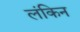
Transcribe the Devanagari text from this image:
लंकिन